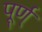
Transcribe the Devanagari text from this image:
पूर्ण्